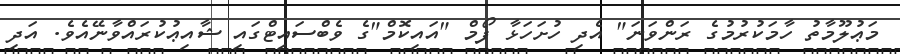
މަޢުލޫމާތު ހާމަކުރުމުގެ ރަންވަނަ" އެދި ހުށަހަޅާ ފޯމް "އައިކޮމް"ގެ ވެބްސައިޓްގައި ޝާއިޢުކުރައްވާނޭއެވެ. އަދި